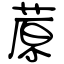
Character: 蒝